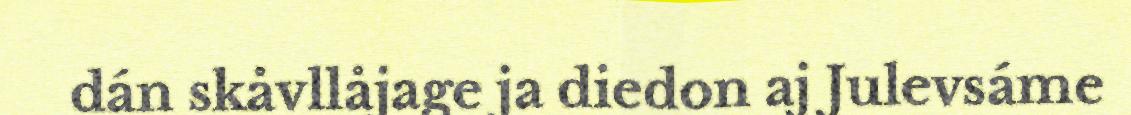
dán skåvllåjage ja diedon aj Julevsáme